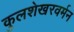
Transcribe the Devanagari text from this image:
कुलशेखरवर्मन